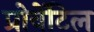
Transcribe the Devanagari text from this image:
प्रोवेंटिल